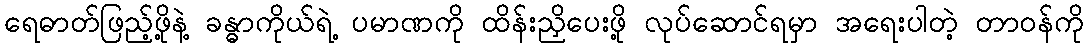
ရေဓာတ်ဖြည့်ဖို့နဲ့ ခန္ဓာကိုယ်ရဲ့ ပမာဏကို ထိန်းညှိပေးဖို့ လုပ်ဆောင်ရမှာ အရေးပါတဲ့ တာဝန်ကို